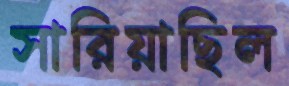
সারিয়াছিল